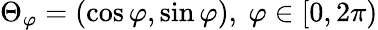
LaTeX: \Theta_{\varphi}=(\cos\varphi,\sin\varphi),~\varphi\in[0,2\pi)